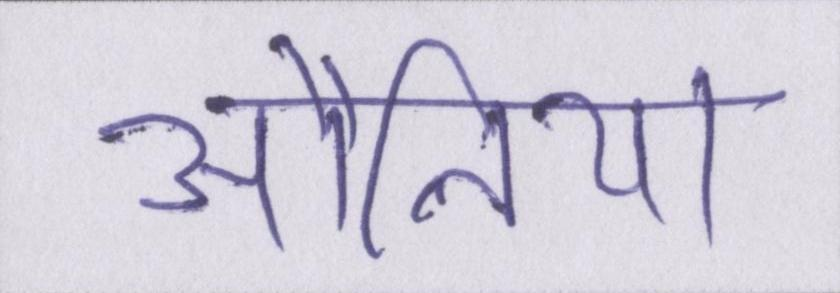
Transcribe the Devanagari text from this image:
औलिया